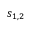
s _ { 1 , 2 }